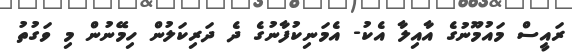
ރައީސް މައުމޫނުގެ އާއިލާ އެކު- އެމަނިކުފާނުގެ ދެ ދަރިކަލުން ހިމޭނުން މި ވަގުތު